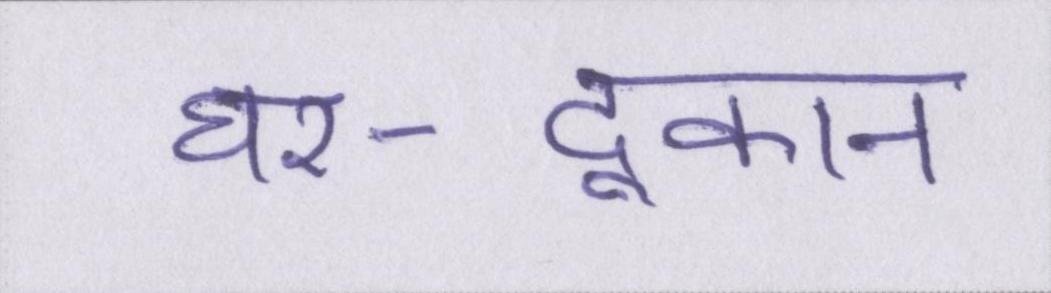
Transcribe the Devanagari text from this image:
घर-दूकान